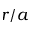
r / a